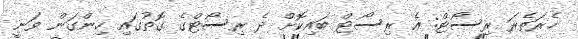
ހެެރަތެރަ ރިސޯޓް: އެ ރިސޯޓް ބައިކޮށް ދެ ރިސޯޓްގެ ގޮތުގައި ހިންގަން ވަނީ